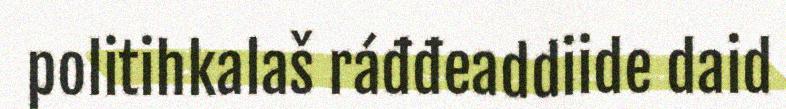
politihkalaš ráđđeaddiide daid